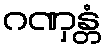
ဂဏှန္တံ